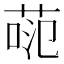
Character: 𫈕